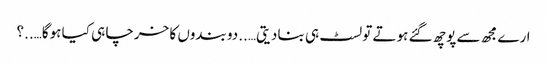
ارے مجھ سے پوچھ گئے ہوتے تو لسٹ ہی بنا دیتی…..دو بندوں کا خرچا ہی کیا ہوگا…..؟